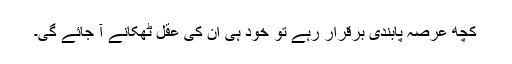
کچھ عرصہ پابندی برقرار رہے تو خود ہی ان کی عقل ٹھکانے آ جائے گی۔